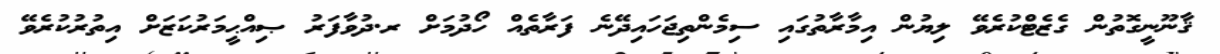
ޤާނޫނީގޮތުން ގެޒެޓްކުރެވޭ ލިޔުން އިމާރާތުގައި ސިމެންތިޖަހައިދޭނެ ފަރާތެއް ހޯދުމަށް ރ.ދުވާފަރު ޞިއްޙީމަރުކަޒަށް އިތުރުކުރެވޭ